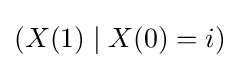
(X(1)\mid X(0)=i)